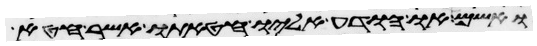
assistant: ואשם או הודע אליו חטאתו אשר חטא